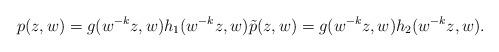
LaTeX: \begin{align*}p(z,w) = g(w^{-k} z,w) h_1(w^{-k} z,w)\tilde{p}(z,w)= g(w^{-k} z, w) h_2(w^{-k} z,w).\end{align*}